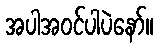
အပါအဝင်ပါပဲနော်။